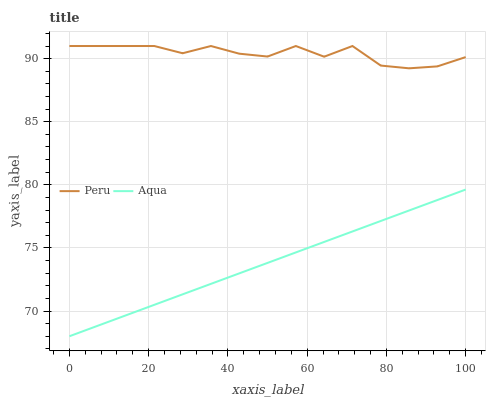
| xaxis_label | Peru | Aqua |
 | --- | --- | --- |
 | 0 | 91 | 68 |
 | 7.14 | 91 | 68.8 |
 | 14.3 | 91 | 69.7 |
 | 21.4 | 91 | 70.5 |
 | 28.6 | 90.4 | 71.3 |
 | 35.7 | 91 | 72.2 |
 | 42.9 | 90.4 | 73 |
 | 50 | 90.2 | 73.8 |
 | 57.1 | 91 | 74.6 |
 | 64.3 | 90.2 | 75.5 |
 | 71.4 | 91 | 76.3 |
 | 78.6 | 89.5 | 77.1 |
 | 85.7 | 89.2 | 78 |
 | 92.9 | 89.4 | 78.8 |
 | 100 | 90.1 | 79.6 |